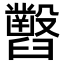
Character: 𦦹